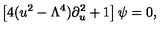
\left[ 4 ( u ^ { 2 } - \Lambda ^ { 4 } ) \partial _ { u } ^ { 2 } + 1 \right] \psi = 0 ,